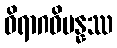
ဝိရာဂဝိပန္နဿ